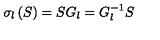
\sigma _ { l } \left( S \right) = S G _ { l } = G _ { l } ^ { - 1 } S